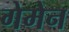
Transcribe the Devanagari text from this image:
गेमेन